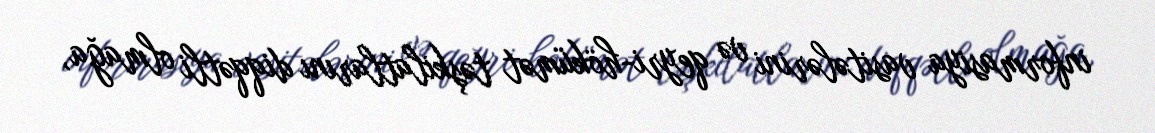
informasiya vasitələrini və qeyri-hökümət təşkilatlarını diqqətli olmağa,